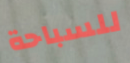
للسباحة